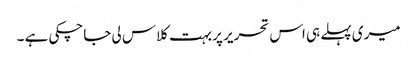
میری پہلے ہی اس تحریر پر بہت کلاس لی جاچکی ہے ۔